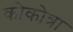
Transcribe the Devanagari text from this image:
कोकोत्रा